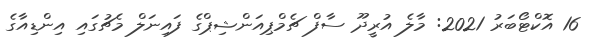
16 އޮކްޓޯބަރު 2021: މާލެ އުރީދޫ ސާފް ޗެމްޕިއަންޝިޕްގެ ފައިނަލް މެޗުގައި އިންޑިއާގެ